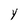
Character: Y